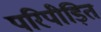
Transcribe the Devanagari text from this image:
परिपीड़ित